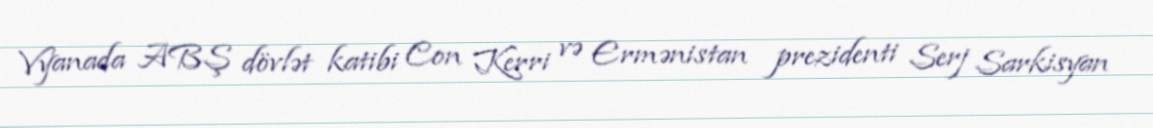
Vyanada ABŞ dövlət katibi Con Kerri və Ermənistan prezidenti Serj Sarkisyan